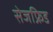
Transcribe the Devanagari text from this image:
सेजफ्रिड